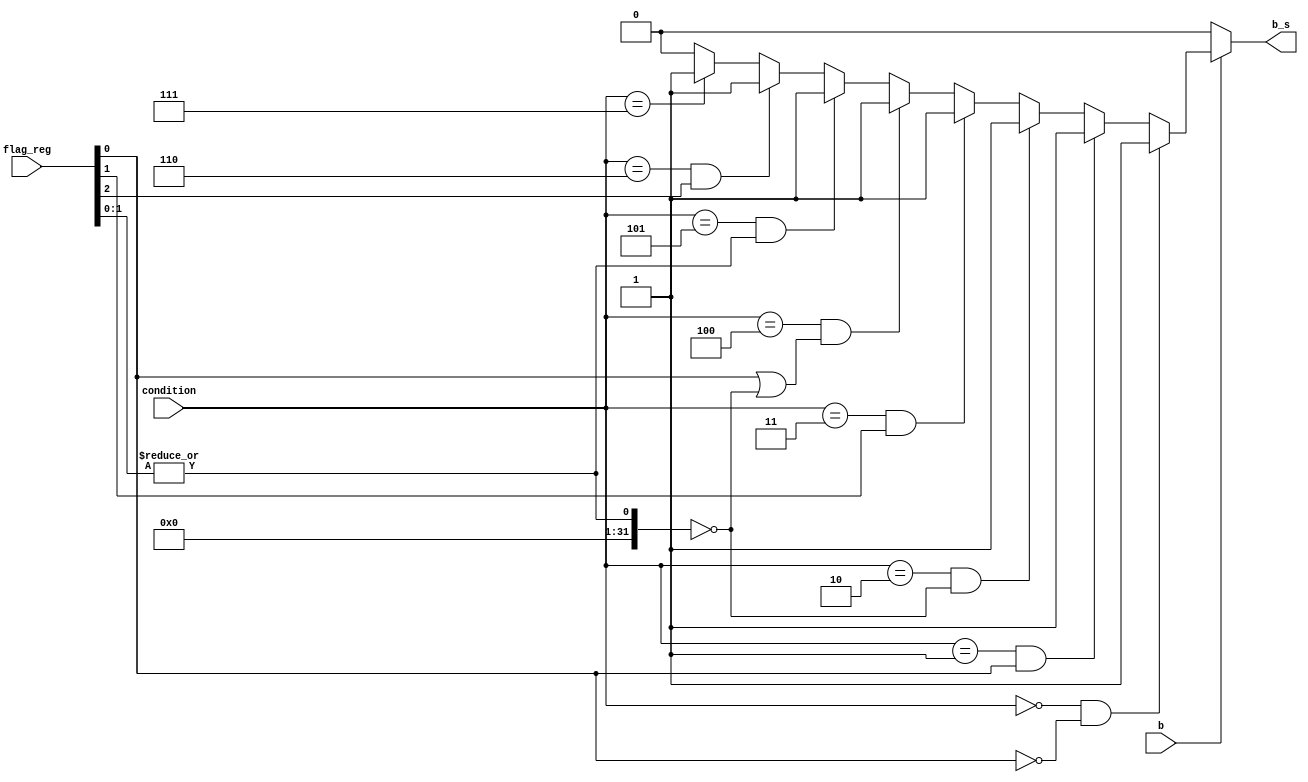
module bs(b, condition, flag_reg, b_s);  //module that generate branch signal at ID_MEM stage
input b;
input [2:0] condition;
input [2:0] flag_reg;
output b_s;


localparam [2:0] NE = 3'b000;
localparam [2:0] E = 3'b001;
localparam [2:0] GT = 3'b010;
localparam [2:0] LT = 3'b011;
localparam [2:0] GE = 3'b100;
localparam [2:0] LE = 3'b101;
localparam [2:0] OV = 3'b110;
localparam [2:0] TRUE = 3'b111;


assign b_s = (b != 1'b1)? 0:								
		((condition == NE)&&(flag_reg[0] == 0))? 1:
		((condition == E)&&(flag_reg[0] == 1))? 1:
		((condition == GT)&&(|flag_reg[1:0] == 0))? 1:
		((condition == LT)&&(flag_reg[1] == 1))? 1:
		((condition == GE)&&((flag_reg[0] == 1)||(|flag_reg[1:0] == 0)))? 1:
		((condition == LE)&&(|flag_reg[1:0] == 1))? 1:
		((condition == OV)&&(|flag_reg[2] == 1))? 1:
		(condition == TRUE)? 1 : 0;

endmodule